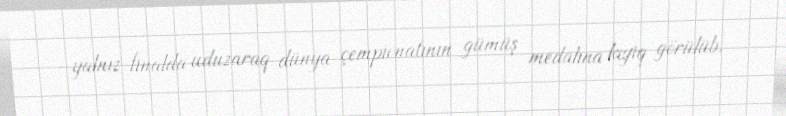
yalnız finalda uduzaraq dünya çempionatının gümüş medalına layiq görülüb.